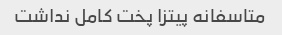
متاسفانه پیتزا پخت کامل نداشت